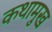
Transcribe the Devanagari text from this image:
कथामुख